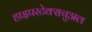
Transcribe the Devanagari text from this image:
हाइपरटेक्सचुअल